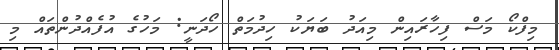
މިފްކޯ މަސް ފިހާރައިން މިއަދު ބަޔަކު ހިދުމަތް ހޯދަނީ: މަހުގެ އުފެއްދުންތައް މި